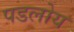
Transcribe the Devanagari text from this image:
पडलोय